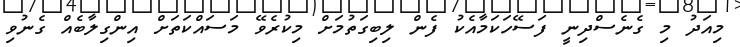
މިއަދު މި ގެނެސްދިނީ ފަސޭހަކަމާއެކު ފެން ލިބިގަތުމަށް މިކުރެވޭ މަސައްކަތަށް އިންގިލާބެއް ގެނުވި